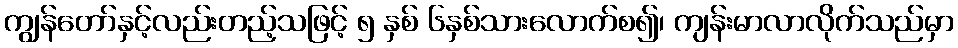
ကျွန်တော်နှင့်လည်းတည့်သဖြင့် ၅ နှစ် ၆နှစ်သားလောက်စ၍၊ ကျန်းမာလာလိုက်သည်မှာ